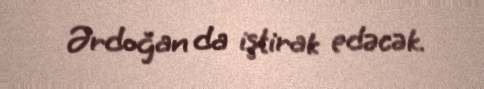
Ərdoğan da iştirak edəcək.